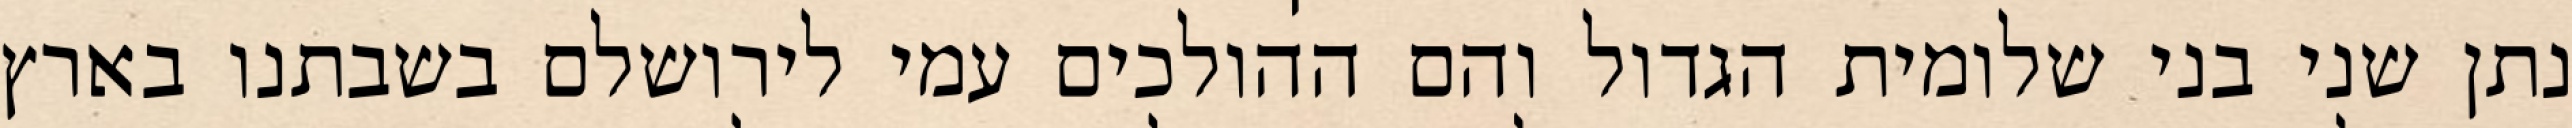
נתן שני בני שלומית הגדול והם ההולכים עמי לירושלם בשבתנו בארץ